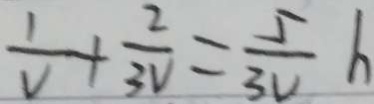
\frac { 1 } { V } + \frac { 2 } { 3 V } = \frac { 5 } { 3 V } h